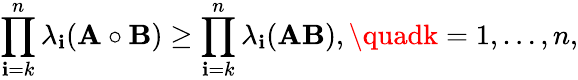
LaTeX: \prod_{\mathbf{i}=k}^{n}\lambda_{\mathbf{i}}(\mathbf{{A}}\circ\mathbf{{B}})\geq\prod_{\mathbf{i}=k}^{n}\lambda_{\mathbf{i}}(\mathbf{{A}}\mathbf{{B}}),\quadk=1,\ldots,n,